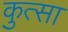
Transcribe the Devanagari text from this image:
कुत्सा